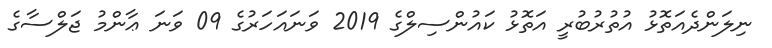
ނިލަންދެއަތޮޅު އުތުރުބުރީ އަތޮޅު ކައުންސިލްގެ 2019 ވަނައަހަރުގެ 09 ވަނަ ޢާންމު ޖަލްސާގެ